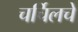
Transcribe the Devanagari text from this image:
चर्चिलचे